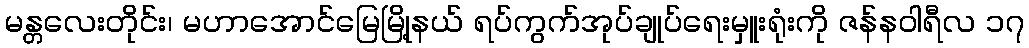
မန္တလေးတိုင်း၊ မဟာအောင်မြေမြို့နယ် ရပ်ကွက်အုပ်ချုပ်ရေးမှူးရုံးကို ဇန်နဝါရီလ ၁၇